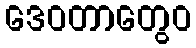
ဒေဝတာတွေဝ